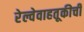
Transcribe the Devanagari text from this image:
रेल्वेवाहतूकीची